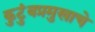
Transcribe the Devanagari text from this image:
कुटुंबप्रमुखाचे